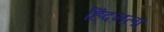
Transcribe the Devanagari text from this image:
हिंदनला